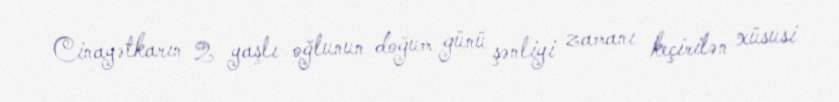
Cinayətkarın 2 yaşlı oğlunun doğum günü şənliyi zamanı keçirilən xüsusi